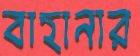
বাহানার